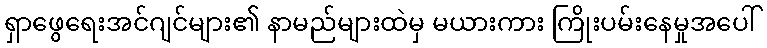
ရှာဖွေရေးအင်ဂျင်များ၏ နာမည်များထဲမှ မယားကား ကြိုးပမ်းနေမှုအပေါ်